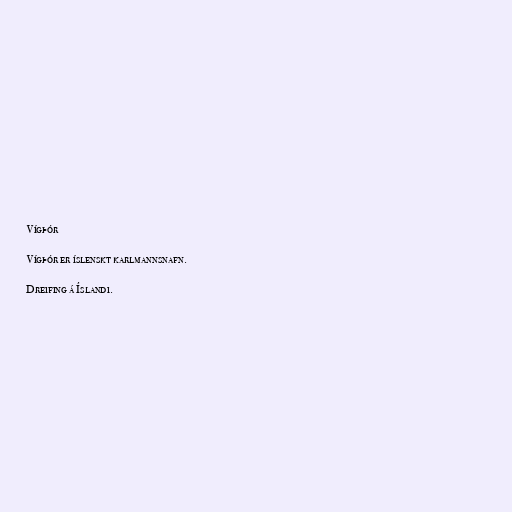
Vígþór

Vígþór er íslenskt karlmannsnafn.

Dreifing á Íslandi.